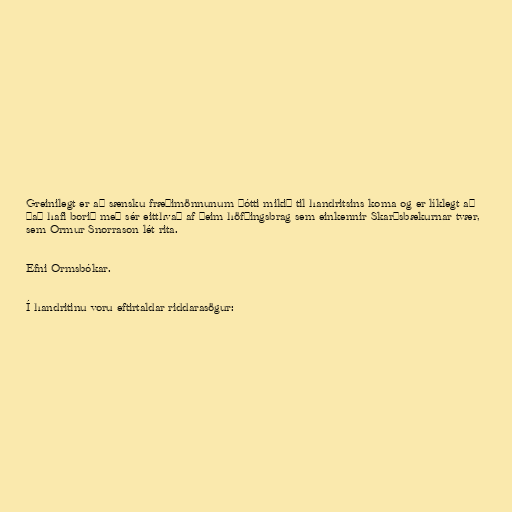
Greinilegt er að sænsku fræðimönnunum þótti mikið til handritsins koma og er líklegt að
það hafi borið með sér eitthvað af þeim höfðingsbrag sem einkennir Skarðsbækurnar tvær,
sem Ormur Snorrason lét rita.

Efni Ormsbókar.

Í handritinu voru eftirtaldar riddarasögur: